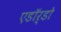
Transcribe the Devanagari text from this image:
एडॉर्डो